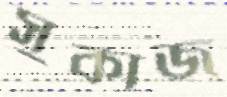
সুকাজ